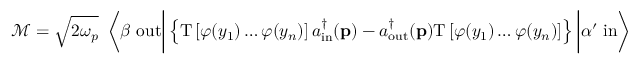
{ \mathcal { M } } = { \sqrt { 2 \omega _ { p } } } \ \left\langle \beta \ \mathrm { o u t } { \bigg | } \left\{ \mathrm { T } \left[ \varphi ( y _ { 1 } ) \ldots \varphi ( y _ { n } ) \right] a _ { \mathrm { i n } } ^ { \dagger } ( \mathbf { p } ) - a _ { \mathrm { o u t } } ^ { \dagger } ( \mathbf { p } ) \mathrm { T } \left[ \varphi ( y _ { 1 } ) \ldots \varphi ( y _ { n } ) \right] \right\} { \bigg | } \alpha ^ { \prime } \ \mathrm { i n } \right\rangle